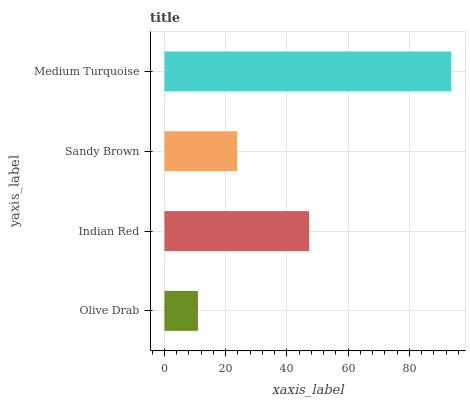
| yaxis_label | bars |
 | --- | --- |
 | Olive Drab | 11 |
 | Indian Red | 47.2 |
 | Sandy Brown | 23.7 |
 | Medium Turquoise | 93.6 |